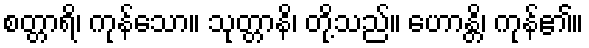
စတ္တာရိ၊ ကုန်သော။ သုတ္တာနိ၊ တို့သည်။ ဟောန္တိ၊ ကုန်၏။